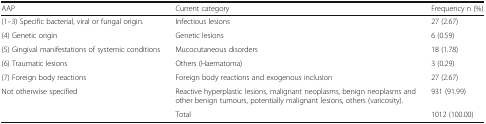
<table><thead><tr><td><b>AAP</b></td><td><b>Current category</b></td><td><b>Frequency n (%)</b></td></tr></thead><tbody><tr><td>(1–3) Specific bacterial, viral or fungal origin.</td><td>Infectious lesions</td><td>27 (2.67)</td></tr><tr><td>(4) Genetic origin</td><td>Genetic lesions</td><td>6 (0.59)</td></tr><tr><td>(5) Gingival manifestations of systemic conditions</td><td>Mucocutaneous disorders</td><td>18 (1.78)</td></tr><tr><td>(6) Traumatic lesions</td><td>Others (Haematoma)</td><td>3 (0.29)</td></tr><tr><td>(7) Foreign body reactions</td><td>Foreign body reactions and exogenous inclusion</td><td>27 (2.67)</td></tr><tr><td>Not otherwise specified</td><td>Reactive hyperplastic lesions, malignant neoplasms, benign neoplasms and other benign tumours, potentially malignant lesions, others (varicosity).</td><td>931 (91.99)</td></tr><tr><td></td><td>Total</td><td>1012 (100.00)</td></tr></tbody></table>